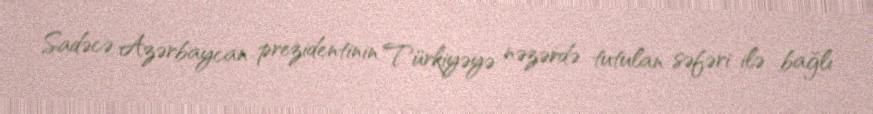
Sadəcə Azərbaycan prezidentinin Türkiyəyə nəzərdə tutulan səfəri ilə bağlı